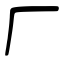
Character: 厂